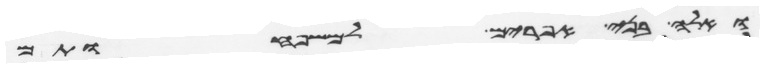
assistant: ואלה בני אפרים למשפחותם